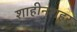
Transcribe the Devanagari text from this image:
शाहीनशहर